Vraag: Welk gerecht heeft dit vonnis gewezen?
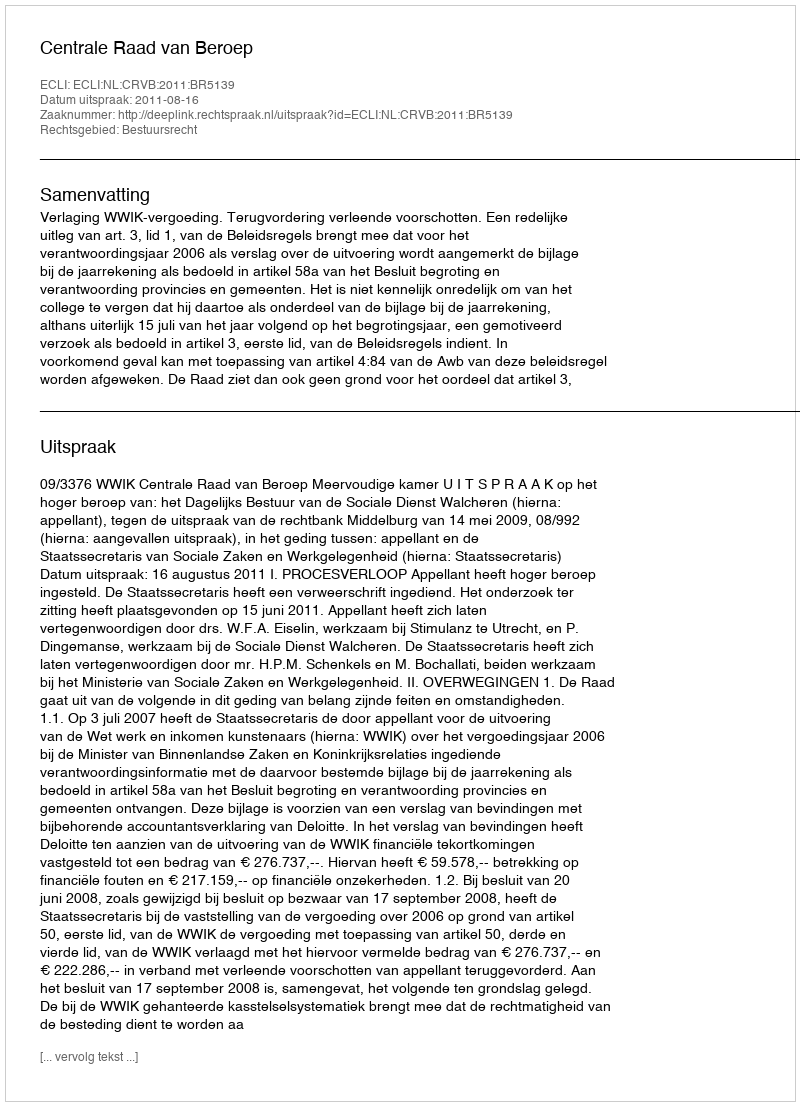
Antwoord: Centrale Raad van Beroep